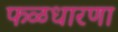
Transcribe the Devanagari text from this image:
फळधारणा